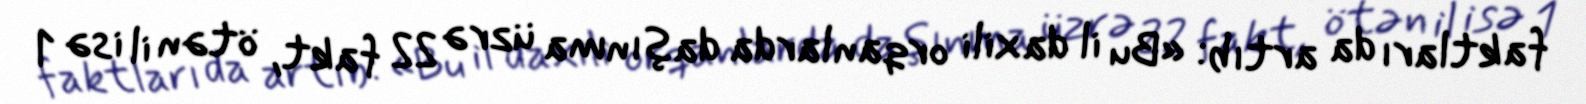
faktları da artıb: «Bu il daxili orqanlarda daşınma üzrə 22 fakt, ötən il isə 1